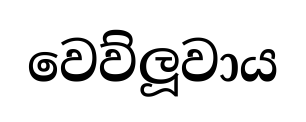
වෙව්ලූවාය